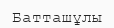
Батташұлы